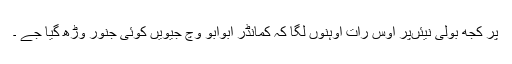
پر کجھ بولی نیئںپر اوس رات اوہنوں لگا کہ کمانڈر ابوابو وچ جیویں کوئی جنور وڑھ گیا جے ۔